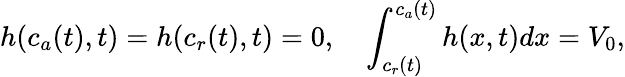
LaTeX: h(c_{a}(t),t)=h(c_{r}(t),t)=0,\quad\int_{c_{r}(t)}^{c_{a}(t)}h(x,t)dx=V_{0},